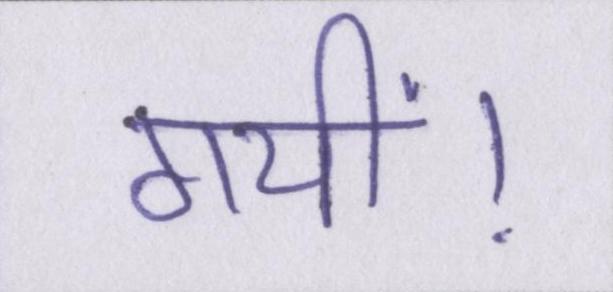
गयीं।